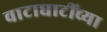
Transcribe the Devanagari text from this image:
वाटाघाटींच्या